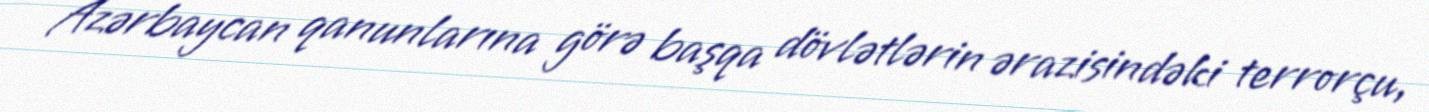
Azərbaycan qanunlarına görə başqa dövlətlərin ərazisindəki terrorçu,